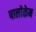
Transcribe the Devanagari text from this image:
पालोळेम